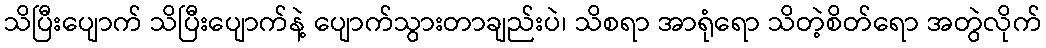
သိပြီးပျောက် သိပြီးပျောက်နဲ့ ပျောက်သွားတာချည်းပဲ၊ သိစရာ အာရုံရော သိတဲ့စိတ်ရော အတွဲလိုက်